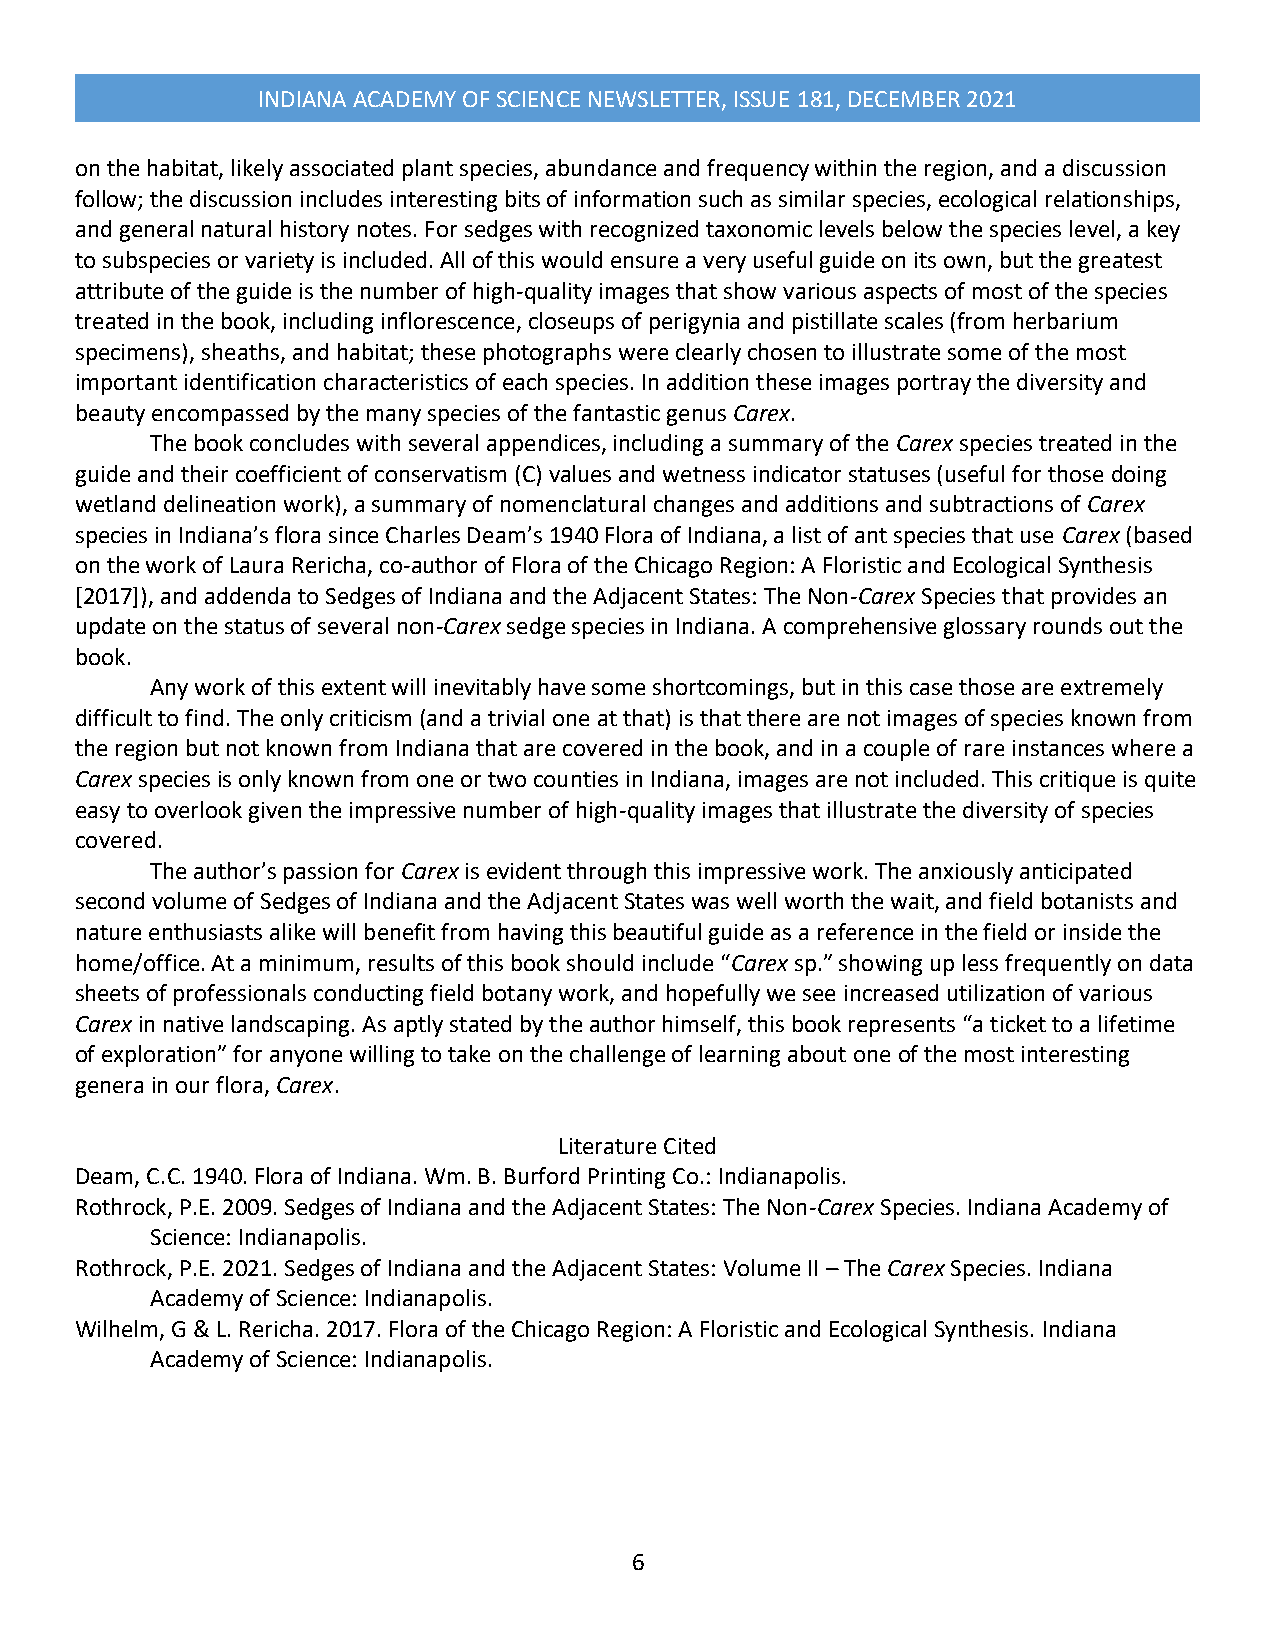
INDIANA ACADEMY OF SCIENCE NEWSLETTER, ISSUE 181, DECEMBER 2021
 on the habitat, likely associated plant species, abundance and frequency within the region, and a discussion
 follow; the discussion includes interesting bits of information such as similar species, ecological relationships,
 and general natural history notes. For sedges with recognized taxonomic levels below the species level, a key
 to subspecies or variety is included. All of this would ensure a very useful guide on its own, but the greatest
 attribute of the guide is the number of high-quality images that show various aspects of most of the species
 treated in the book, including inflorescence, closeups of perigynia and pistillate scales (from herbarium
 specimens), sheaths, and habitat; these photographs were clearly chosen to illustrate some of the most
 important identification characteristics of each species. In addition these images portray the diversity and
 beauty encompassed by the many species of the fantastic genus Carex.
 The book concludes with several appendices, including a summary of the Carex species treated in the
 guide and their coefficient of conservatism (C) values and wetness indicator statuses (useful for those doing
 wetland delineation work), a summary of nomenclatural changes and additions and subtractions of Carex
 species in Indiana’s flora since Charles Deam’s 1940 Flora of Indiana, a list of ant species that use Carex (based
 on the work of Laura Rericha, co-author of Flora of the Chicago Region: A Floristic and Ecological Synthesis
 [2017]), and addenda to Sedges of Indiana and the Adjacent States: The Non-Carex Species that provides an
 update on the status of several non-Carex sedge species in Indiana. A comprehensive glossary rounds out the
 book.
 Any work of this extent will inevitably have some shortcomings, but in this case those are extremely
 difficult to find. The only criticism (and a trivial one at that) is that there are not images of species known from
 the region but not known from Indiana that are covered in the book, and in a couple of rare instances where a
 Carex species is only known from one or two counties in Indiana, images are not included. This critique is quite
 easy to overlook given the impressive number of high-quality images that illustrate the diversity of species
 covered.
 The author’s passion for Carex is evident through this impressive work. The anxiously anticipated
 second volume of Sedges of Indiana and the Adjacent States was well worth the wait, and field botanists and
 nature enthusiasts alike will benefit from having this beautiful guide as a reference in the field or inside the
 home/office. At a minimum, results of this book should include “Carex sp.” showing up less frequently on data
 sheets of professionals conducting field botany work, and hopefully we see increased utilization of various
 Carex in native landscaping. As aptly stated by the author himself, this book represents “a ticket to a lifetime
 of exploration” for anyone willing to take on the challenge of learning about one of the most interesting
 genera in our flora, Carex.
 Literature Cited
 Deam, C.C. 1940. Flora of Indiana. Wm. B. Burford Printing Co.: Indianapolis.
 Rothrock, P.E. 2009. Sedges of Indiana and the Adjacent States: The Non-Carex Species. Indiana Academy of
 Science: Indianapolis.
 Rothrock, P.E. 2021. Sedges of Indiana and the Adjacent States: Volume II – The Carex Species. Indiana
 Academy of Science: Indianapolis.
 Wilhelm, G & L. Rericha. 2017. Flora of the Chicago Region: A Floristic and Ecological Synthesis. Indiana
 Academy of Science: Indianapolis.
 6